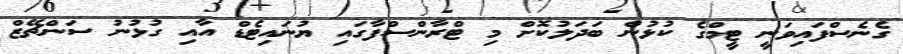
ގެނެސްފައިވަނީ ޓީމްގެ ކުޅުން ބަދަލުކޮށް މި ޓްރާންސްފާގައި ޔުނައިޓެޑް އާއި ގުޅުނު ސަންޗޭޒް